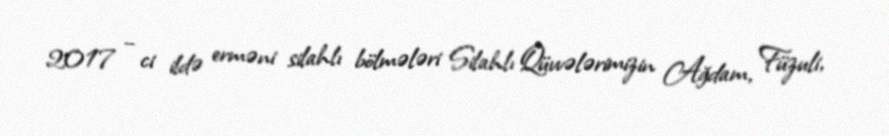
2017 – ci ildə erməni silahlı bölmələri Silahlı Qüvvələrimizin Ağdam, Füzuli,